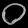
Digit: ၀